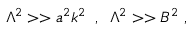
\Lambda ^ { 2 } > > a ^ { 2 } k ^ { 2 } \; \; , \; \; \Lambda ^ { 2 } > > B ^ { 2 } \; ,